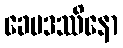
ခေမဒဿိနော